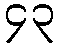
၄၃